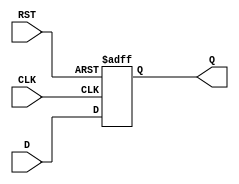
module StoreRegister #(
    parameter WIDTH = 8  // Width of the register (in bits)
)(
    input wire [WIDTH-1:0] D,   // Data Input
    input wire CLK,              // Clock Input
    input wire RST,              // Reset Input
    output reg [WIDTH-1:0] Q     // Data Output
);

    // Sequential block
    always @(posedge CLK or posedge RST) begin
        if (RST) begin
            Q <= {WIDTH{1'b0}};    // Reset output to 0
        end else begin
            Q <= D;                // Store Data Input on clock edge
        end
    end

endmodule